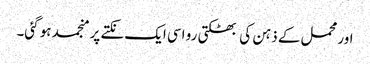
اور محمل کے ذہن کی بھٹکتی رو اسی ایک نکتے پر منجمد ہو گئی۔